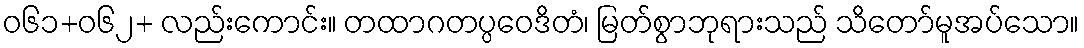
ဝ၆၁+၀၆၂+ လည်းကောင်း။ တထာဂတပ္ပဝေဒိတံ၊ မြတ်စွာဘုရားသည် သိတော်မူအပ်သော။